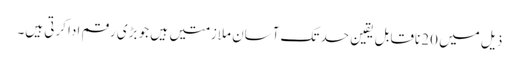
ذیل میں 20 ناقابل یقین حد تک آسان ملازمتیں ہیں جو بڑی رقم ادا کرتی ہیں۔